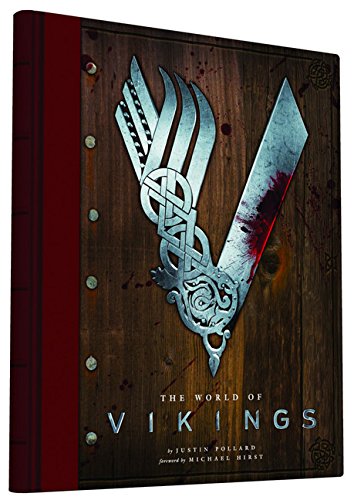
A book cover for The World of Vikings; Justin Pollard; History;